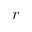
r